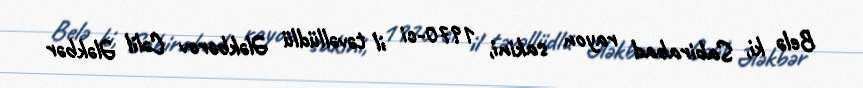
Belə ki, Sabirabad rayon sakini, 1970-ci il təvəllüdlü Ələkbərov Cəlil Ələkbər